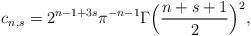
LaTeX: \begin{align*}c_{n,s} = 2^{n-1+3s} \pi^{-n-1} \Gamma\Big(\frac{n+s+1}{2}\Big)^2,\end{align*}